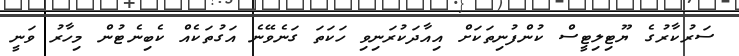
ސަރުކާރުގެ ޔޫޓިލިޓީސް ކުންފުނިތަކަށް އިއާދަކުރަނިވި ހަކަތަ ގަނެވޭނެ އަގުތަކެއް ކެބިނެޓުން މިހާރު ވަނީ